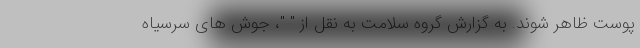
پوست ظاهر شوند. به گزارش گروه سلامت به نقل از " "، جوش های سرسیاه